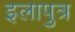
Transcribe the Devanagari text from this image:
इलापुत्र